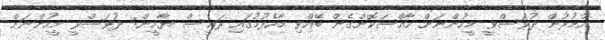
އުމުރުން ދުވަސްވީ މީހުންނަށް ހާއްސަކޮށްގެން ބޭއްވި މާހެފުމުގައި ރައީސް ޔާމީން: ދުވަސްވީ މީހުންނަށް